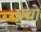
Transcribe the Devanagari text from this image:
ग्रथो